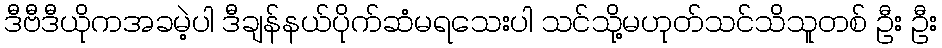
ဒီဗီဒီယိုကအခမဲ့ပါ ဒီချန်နယ်ပိုက်ဆံမရသေးပါ သင်သို့မဟုတ်သင်သိသူတစ် ဦး ဦး